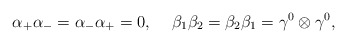
\begin{align*}{\alpha}_{+} {\alpha}_{-} = {\alpha}_{-} {\alpha}_{+} =0,\hspace{5 mm}{\beta}_1 {\beta}_2 = {\beta}_2 {\beta}_1 ={\gamma}^0 \otimes {\gamma}^0,\end{align*}